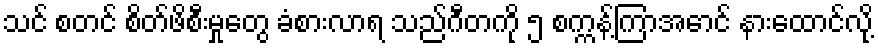
သင် စတင် စိတ်ဖိစီးမှုတွေ ခံစားလာရ သည်ဂီတကို ၅ စက္ကန့်ကြာအောင် နားထောင်လို့